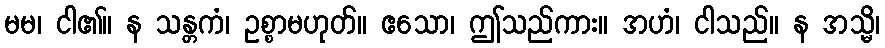
မမ၊ ငါ၏။ န သန္တကံ၊ ဥစ္စာမဟုတ်။ ဧသော၊ ဤသည်ကား။ အဟံ၊ ငါသည်။ န အသ္မိ၊